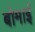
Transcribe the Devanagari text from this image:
बोमाई